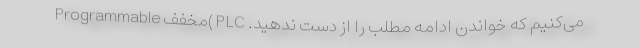
می‌­کنیم که خواندن ادامه مطلب را از دست ندهید. PLC )مخفف Programmable